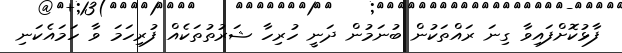
ފާޅުކޮށްފައިވާ ގިނަ ރައްތަކުން ބުނަމުން ދަނީ ހުރިހާ ޝަރުތުތަކެއް ފުރިހަމަ ވާ ހަމައެކަނި